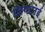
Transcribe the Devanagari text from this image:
निपटाई